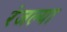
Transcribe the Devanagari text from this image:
रंजल्या